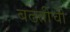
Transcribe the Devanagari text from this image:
बढतीची